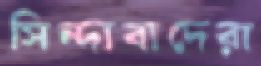
সিন্দাবাদেরা